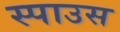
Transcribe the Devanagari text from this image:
स्पाउस